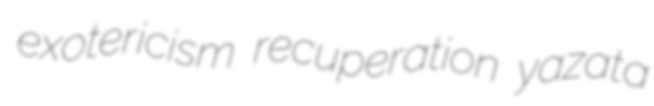
exotericism recuperation yazata